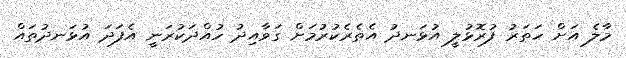
މާލެ އަށް ހަތަރު ފުރޮޅުލީ އުޅަނދު އެތެރެކުރުމަށް ގަވާއިދު ހުއްދަކުރަނީ އެފަދަ އުޅަނދުތައް